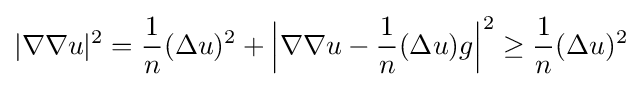
|\nabla \nabla u|^{2}={\frac {1}{n}}(\Delta u)^{2}+{\Big |}\nabla \nabla u-{\frac {1}{n}}(\Delta u)g{\Big |}^{2}\geq {\frac {1}{n}}(\Delta u)^{2}